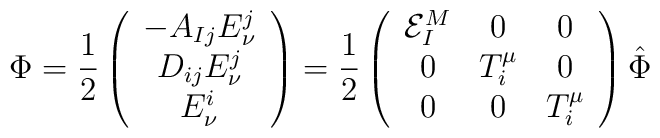
{\Phi}=\frac{1}{2}\left(\begin{array}{c}-A_{Ij}E^{j}_{\nu}\\D_{ij}E^{j}_{\nu}\\E^{i}_{\nu}\\\end{array}\right)={\frac{1}{2}}\left(\begin{array}{ccc}{\cal E}_{I}^{M}&0&0\\0&T_{i}^{\mu}&0\\0&0&T_{i}^{\mu}\\\end{array}\right){\hat \Phi}